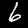
Label: 6